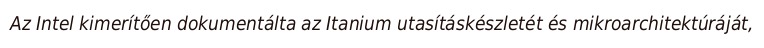
Az Intel kimerítően dokumentálta az Itanium utasításkészletét és mikroarchitektúráját,